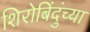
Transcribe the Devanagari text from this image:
शिरोबिंदुंच्या